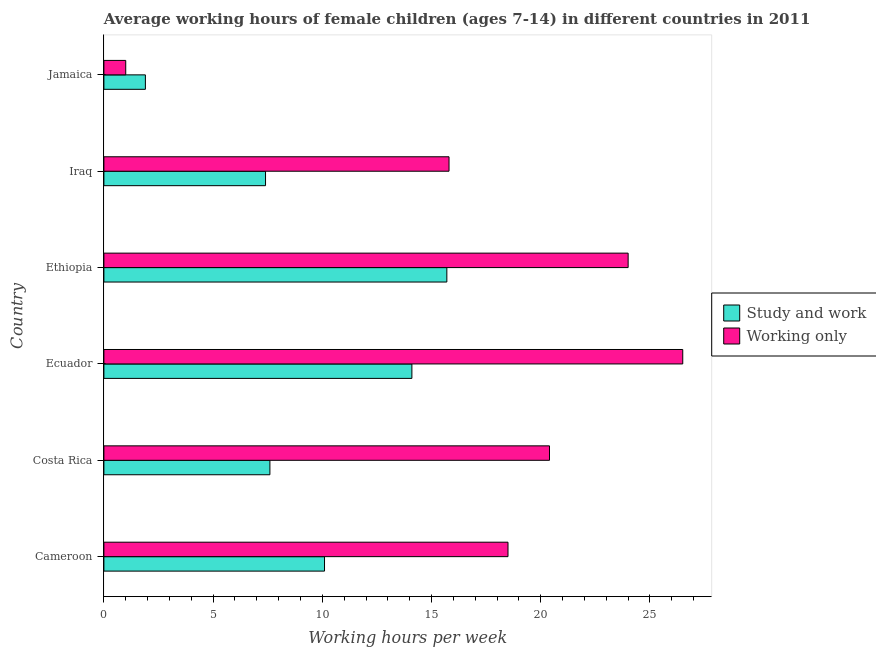
| Country | Study and work | Working only |
 | --- | --- | --- |
 | Cameroon | 10.1 | 18.5 |
 | Costa Rica | 7.6 | 20.4 |
 | Ecuador | 14.1 | 26.5 |
 | Ethiopia | 15.7 | 24 |
 | Iraq | 7.4 | 15.8 |
 | Jamaica | 1.9 | 1 |